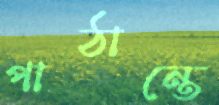
পাঠান্তে